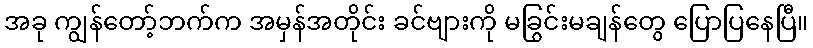
အခု ကျွန်တော့်ဘက်က အမှန်အတိုင်း ခင်ဗျားကို မခြွင်းမချန်တွေ ပြောပြနေပြီ။